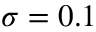
\sigma = 0 . 1